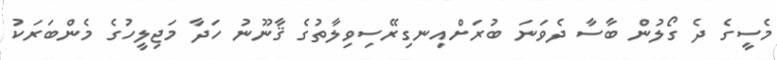
މެސީގެ ދެ ގޯލުން ބާސާ ދެވަނަ ބުރަށްއިނގިރޭސިވިލާތުގެ ޤާނޫނު ހަދާ މަޖިލީހުގެ މެންބަރަކު